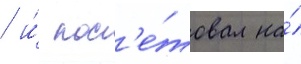
/ и́ пос'е́товал на́